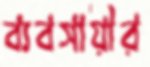
ব্যবসায়ীর